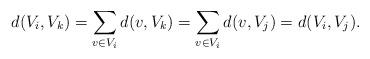
LaTeX: \begin{align*}d(V_i,V_k)=\sum_{v\in V_i}d(v,V_k)=\sum_{v\in V_i}d(v,V_j)=d(V_i,V_j).\end{align*}